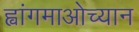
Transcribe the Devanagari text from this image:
ह्वांगमाओच्यान